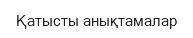
Қатысты анықтамалар